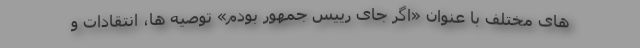
های مختلف با عنوان «اگر جای رییس جمهور بودم» توصیه ها، انتقادات و